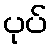
ပုပ်